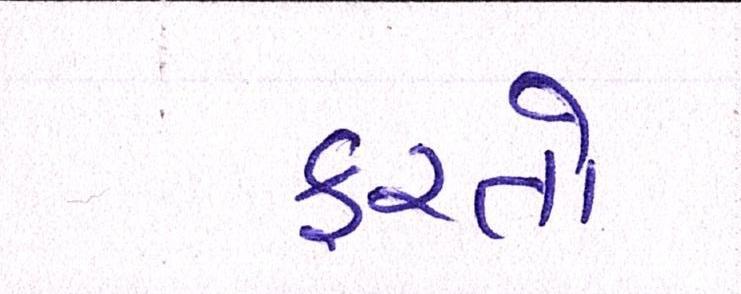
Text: ફરતો